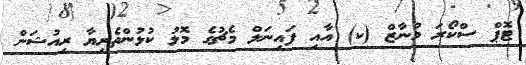
ޓޮޕް ސްކޯރަ މުނާޒް (ކ) އާއި ފައިނަލް މެޗުގެ މޮޅު ކުޅުންތެރިޔާ ރިއުޝަން